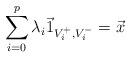
LaTeX: \begin{align*}\sum_{i=0}^p \lambda_i \vec 1_{V_i^+,V_i^-}=\vec x\end{align*}